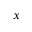
x